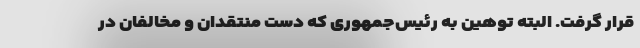
قرار گرفت. البته توهین به رئیس‌جمهوری که دست منتقدان و مخالفان در